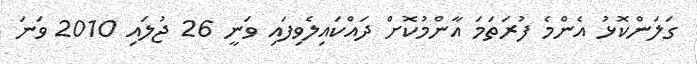
ގަލަންކޮޅު އެންމެ ފުރަތަމަ އާންމުކޮށް ދައްކައިލެވިފައި ވަނީ 26 ޖުލައި 2010 ވަނަ